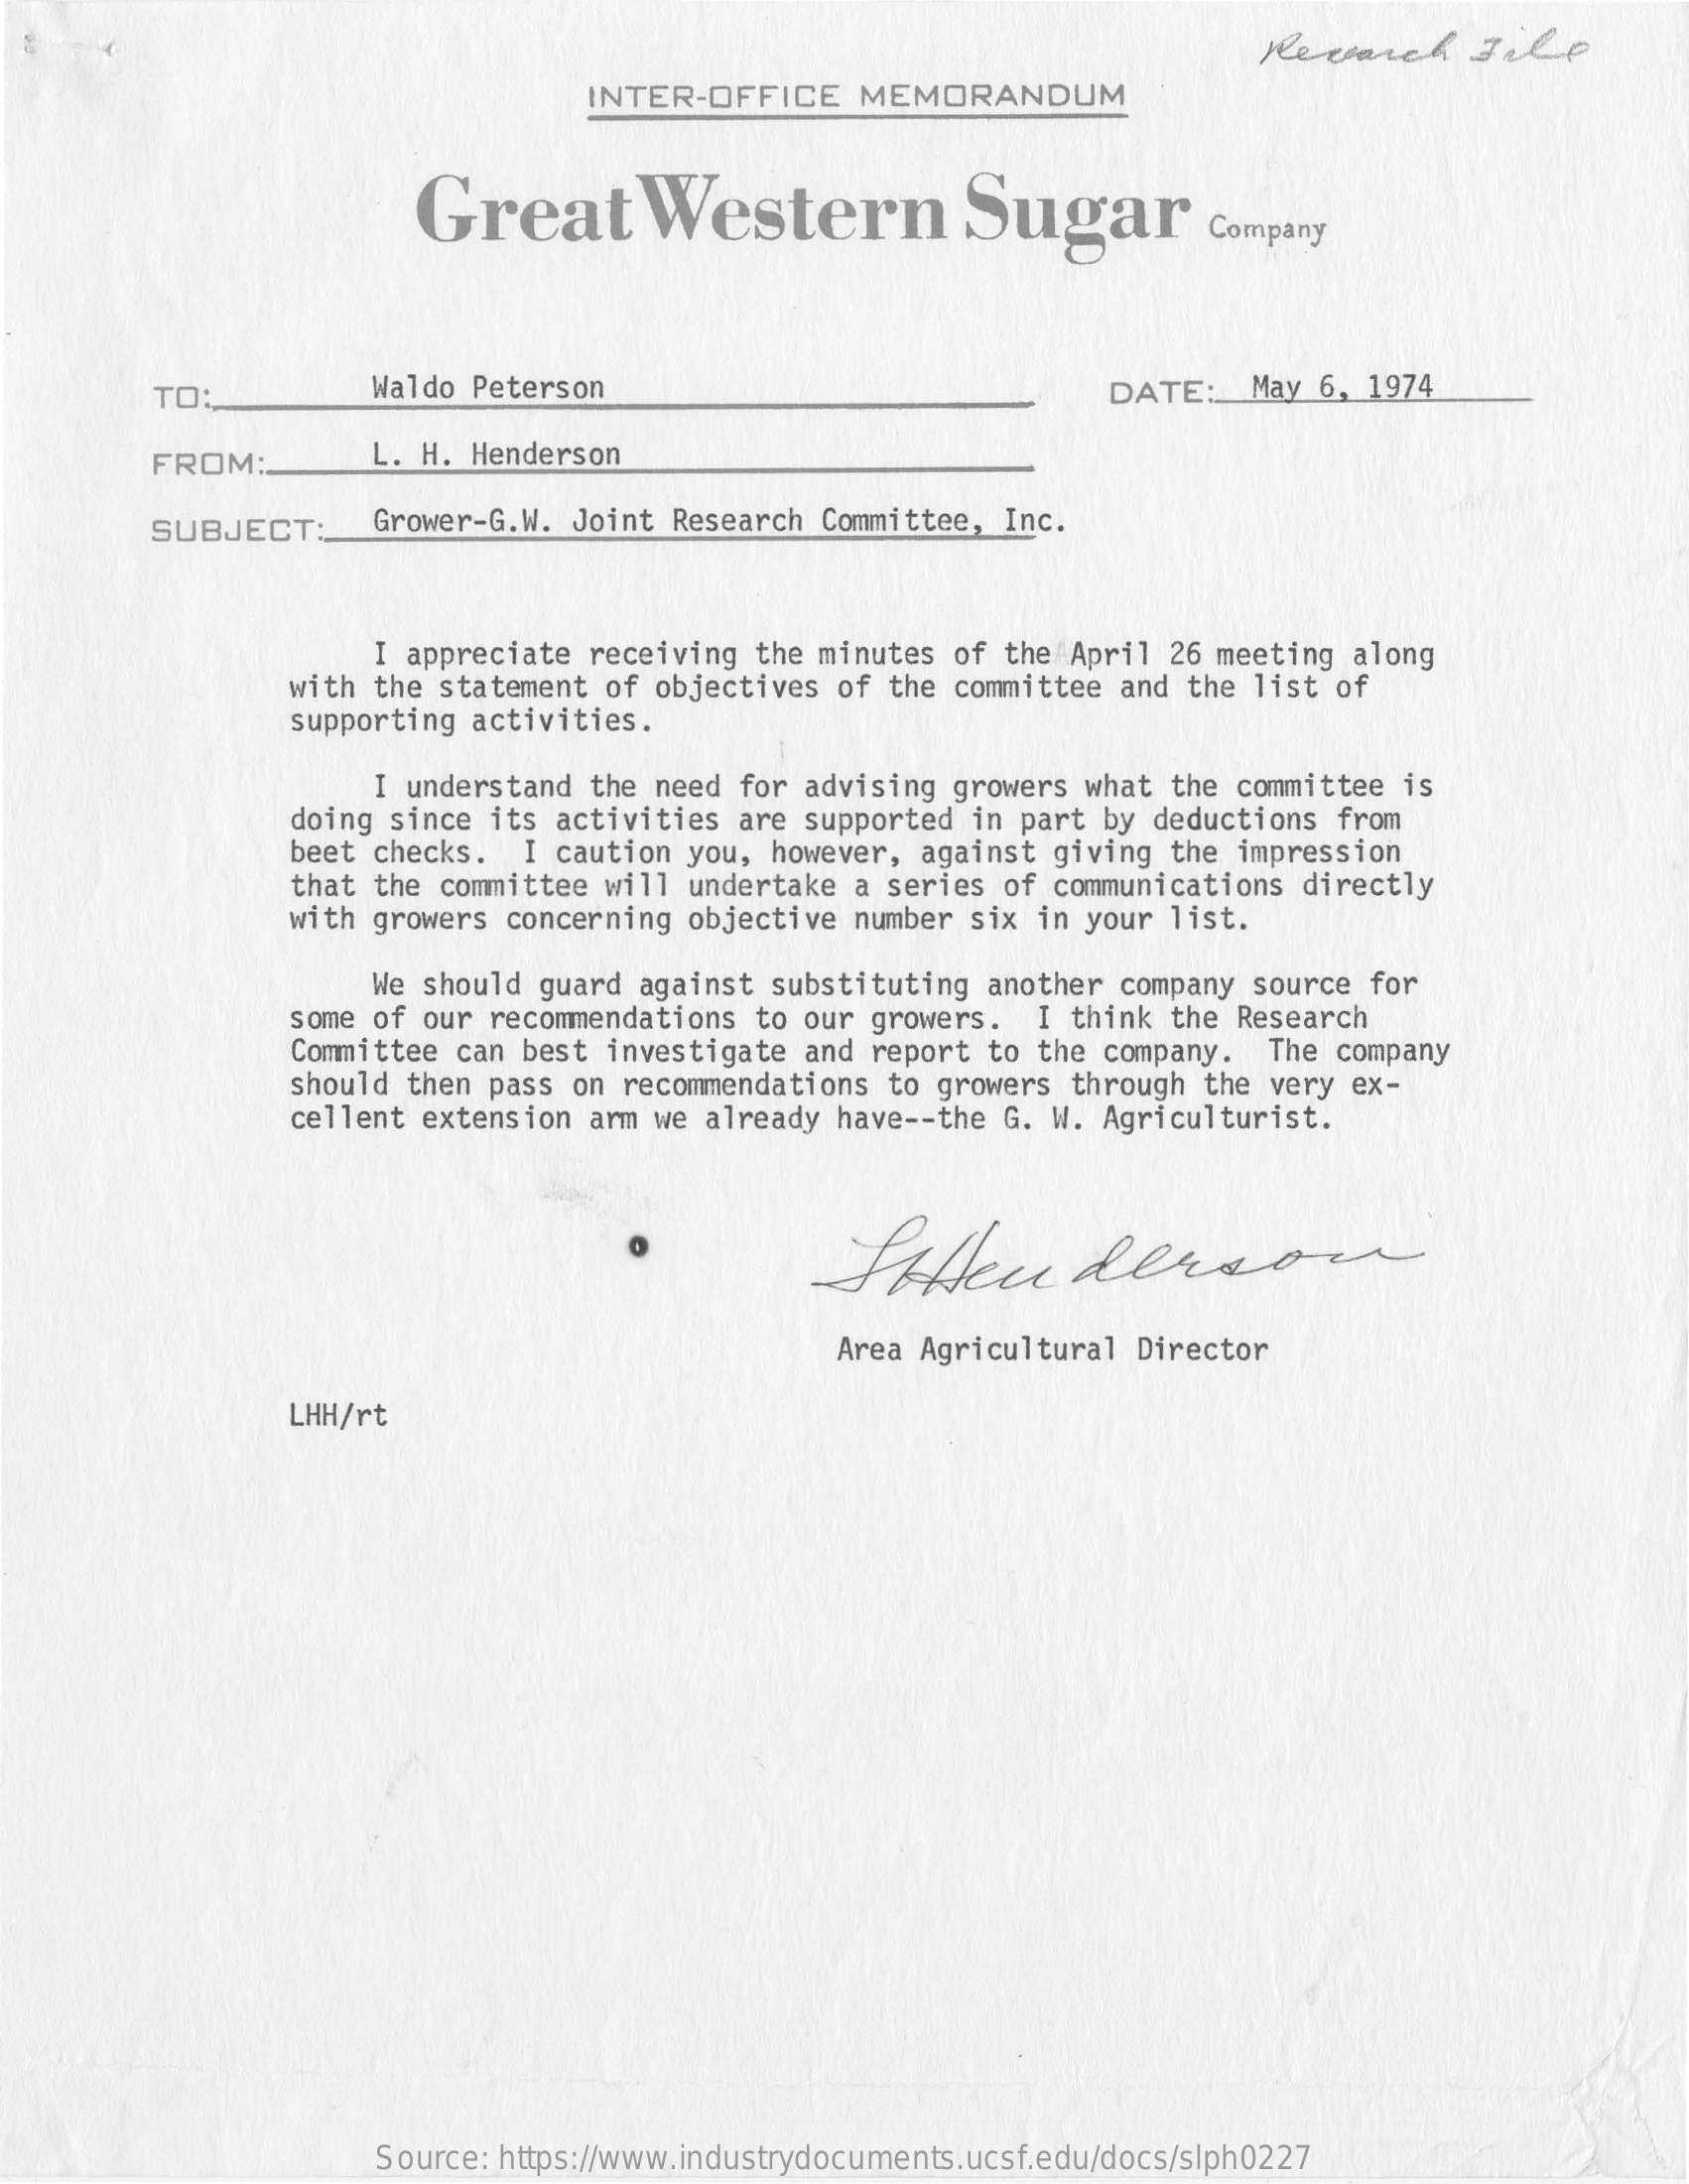
Research   File
     INTER-OFFICE  MEMORANDUM
     Great    Western    Sugar    Company
     TO:    Waldo Peterson    DATE:  May 6, 1974
     FROM:    L. H. Henderson
     SUBJECT:    Grower-G.W. Joint Research Committee, Inc.
     I appreciate receiving the minutes of the April 26 meeting along
     with the statement of objectives of the committee and the list of
     supporting activities.
     I understand the need for advising growers what the committee is
     doing since its activities are supported in part by deductions from
     beet checks. I caution you, however, against giving the impression
     that the committee will undertake a series of communications directly
     with growers concerning objective number six in your list.
     We should guard against substituting another company source for
     some of our recommendations to our growers. I think the Research
     Committee can best investigate and report to the company. The company
     should then pass on recommendations to growers through the very ex-
     cellent extension arm we already have -- the G. W. Agriculturist.
     Sou    dersou
     Area Agricultural Director
     LHH/rt
     Source: https://www.industrydocuments.ucsf.edu/docs/slph0227